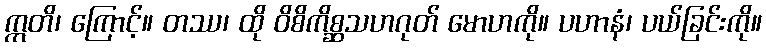
ဣတိ၊ ကြောင့်။ တဿ၊ ထို ဝိစိကိစ္ဆသဟဂုတ် မောဟကို။ ပဟာနံ၊ ပယ်ခြင်းကို။